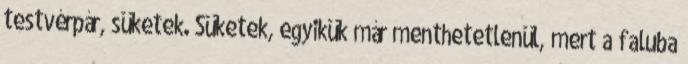
testvérpár, süketek. Süketek, egyikük már menthetetlenül, mert a faluba